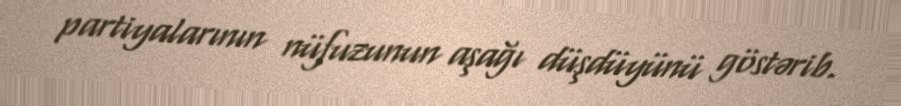
partiyalarının nüfuzunun aşağı düşdüyünü göstərib.